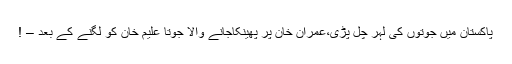
پاکستان میں جوتوں کی لہر چل پڑی،عمران خان پر پھینکاجانے والا جوتا علیم خان کو لگنے کے بعد – !